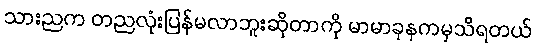
သားညက တညလုံးပြန်မလာဘူးဆိုတာကို မာမာခုနကမှသိရတယ်